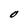
Character: O